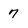
Character: 7